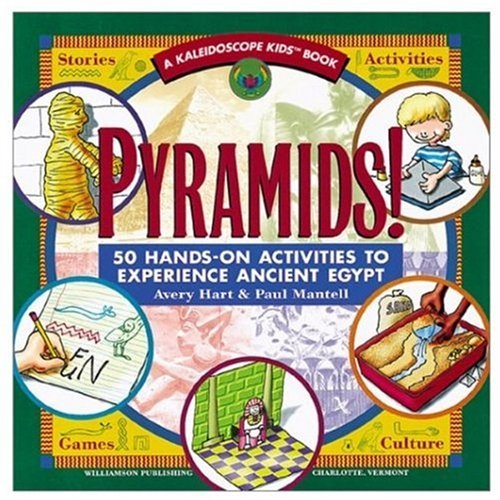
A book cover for Pyramids!: 50 Hands-On Activities to Experience Ancient Egypt (Kaleidoscope Kids Books (Williamson Publishing)); Avery Hart; Children's Books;